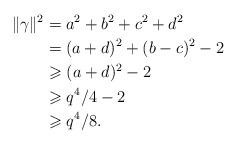
LaTeX: \begin{align*}\Vert \gamma\Vert^2 &= a^2 + b^2 + c^2 + d^2\\&= (a+d)^2 + (b-c)^2 - 2 \\&\geqslant (a+d)^2 - 2\\&\geqslant q^{4}/4 - 2\\&\geqslant q^4/8.\end{align*}